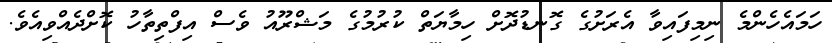
ހަމައެހެންމެ ނިމިފައިވާ އެރަށުގެ ގޮނޑުދޮށް ހިމާޔަތް ކުރުމުގެ މަޝްރޫއު ވެސް އިފްތިތާހު ކޮށްދެއްވިއެވެ.